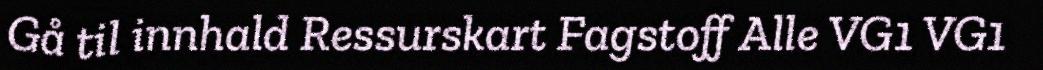
Gå til innhald Ressurskart Fagstoff Alle VG1 VG1